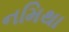
નમિથા